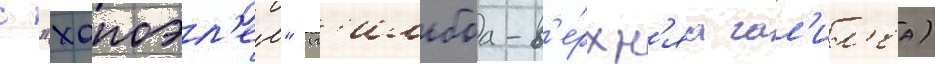
с "хапоэл'ем" (г'ильбоа-в'е́рхн'яа гал'ил'еа)